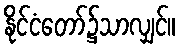
နိုင်ငံတော်၌သာလျှင်။